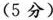
(5 分)